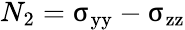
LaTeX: N_{2}=\upsigma_{\mathrm{yy}}-\upsigma_{\mathrm{zz}}